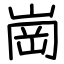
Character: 崗